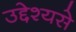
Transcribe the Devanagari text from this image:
उद्देश्यसे